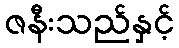
ဇနီးသည်နှင့်